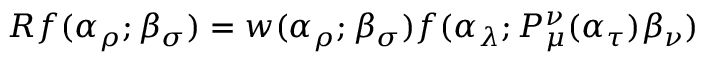
R f ( \alpha _ { \rho } ; \beta _ { \sigma } ) = w ( \alpha _ { \rho } ; \beta _ { \sigma } ) f ( \alpha _ { \lambda } ; P _ { \mu } ^ { \nu } ( \alpha _ { \tau } ) \beta _ { \nu } )